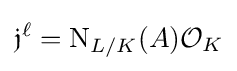
{\mathfrak {j}}^{\ell }=\mathrm {N} _{L/K}(A){\mathcal {O}}_{K}